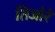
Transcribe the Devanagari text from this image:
तिजोरे